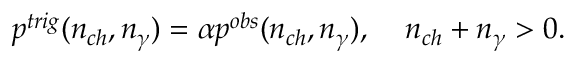
p ^ { t r i g } ( n _ { c h } , n _ { \gamma } ) = \alpha p ^ { o b s } ( n _ { c h } , n _ { \gamma } ) , \; \; \; \; n _ { c h } + n _ { \gamma } > 0 .